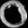
Digit: ၀